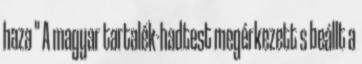
haza " A magyar tartalék-hadtest megérkezett s beállt a